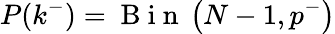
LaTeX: P(k^{-})=\mathrm{~B~i~n~}\left(N-1,p^{-}\right)